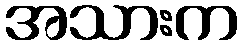
အသားက